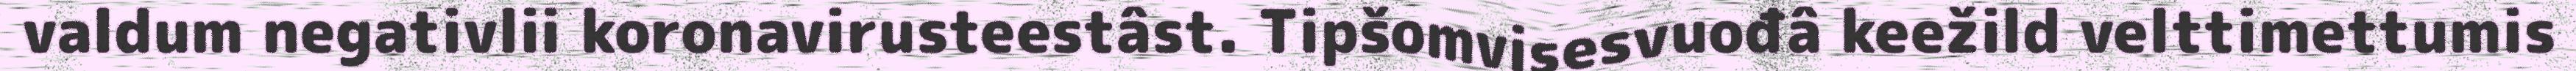
valdum negativlii koronavirusteestâst. Tipšomvisesvuođâ keežild velttimettumis